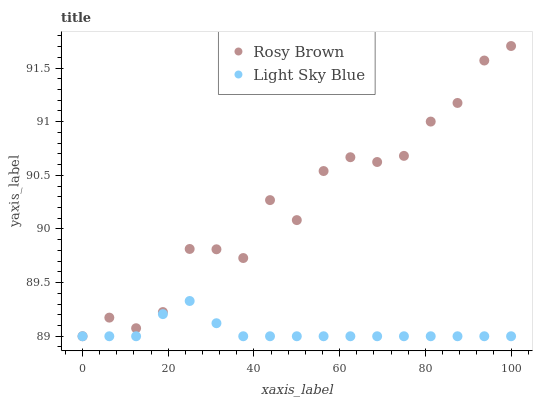
| xaxis_label | Rosy Brown | Light Sky Blue |
 | --- | --- | --- |
 | 0 | 89 | 89 |
 | 6.25 | 89.2 | 89 |
 | 12.5 | 89.1 | 89 |
 | 18.8 | 89.2 | 89.2 |
 | 25 | 89.8 | 89.3 |
 | 31.2 | 89.8 | 89.1 |
 | 37.5 | 89.7 | 89 |
 | 43.8 | 90.3 | 89 |
 | 50 | 90.1 | 89 |
 | 56.2 | 90.5 | 89 |
 | 62.5 | 90.7 | 89 |
 | 68.8 | 90.6 | 89 |
 | 75 | 90.7 | 89 |
 | 81.2 | 91 | 89 |
 | 87.5 | 91.2 | 89 |
 | 93.8 | 91.6 | 89 |
 | 100 | 91.7 | 89 |